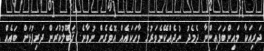
ދަރިއަކާ މައިންބަފައިންނާ ދެމެދު ނުދެއްކޭނެވަރުގެ ވާހަކައެއް އޮވެގެން ނުވާނެ. ޤަބޫލުކުރަން ދަރިފުޅަށް ބައެއް